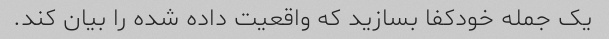
یک جمله خودکفا بسازید که واقعیت داده شده را بیان کند.